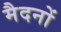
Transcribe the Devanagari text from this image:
मैदनों